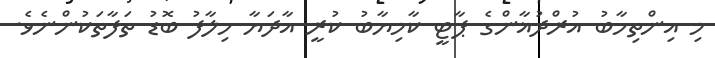
މި އިންތިހާބު އުރްދުޣާންގެ ޕާޓީ ކާމިޔާބު ކުރީ އާދަޔާ ހިލާފު ބޮޑު ތަފާތަކުންނެވެ.